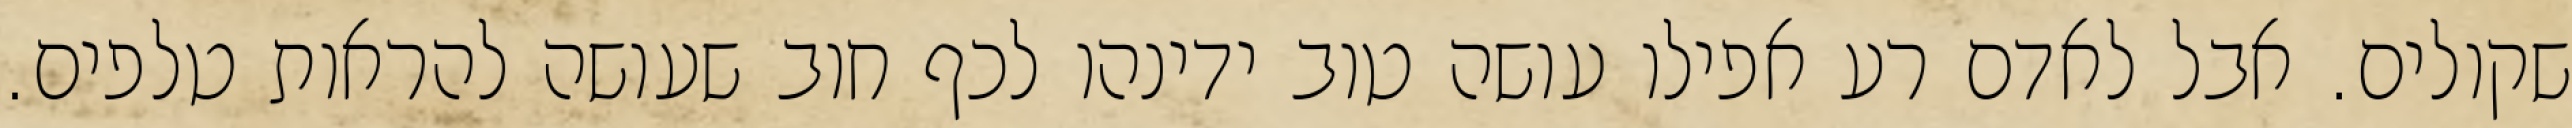
שקולים. אבל לאדם רע אפילו עושה טוב ידינהו לכף חוב שעושה להראות טלפים.